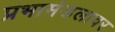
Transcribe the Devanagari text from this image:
प्रभामंडलावर